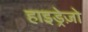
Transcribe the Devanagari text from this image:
हाइड्रेज़ो